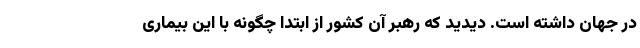
در جهان داشته است. دیدید که رهبر آن کشور از ابتدا چگونه با این بیماری